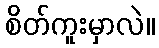
စိတ်ကူးမှာလဲ။